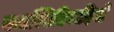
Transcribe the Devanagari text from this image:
यथास्थितिवादियों